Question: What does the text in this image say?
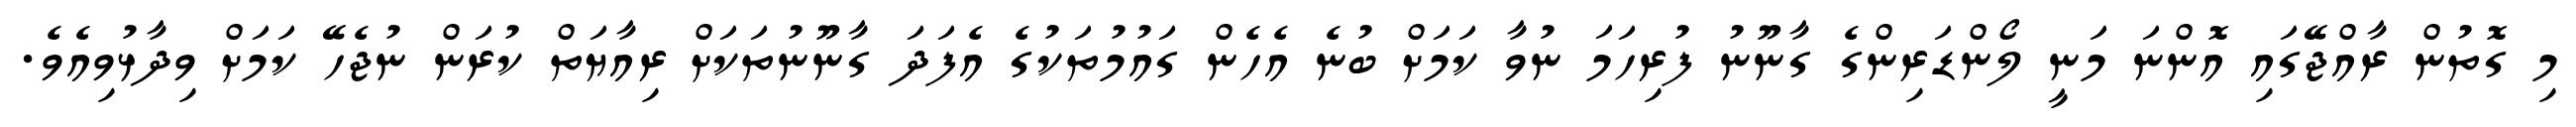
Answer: މި ގޮތުން ރާއްޖޭގައި އޮންނަ މަނީ ލޯންޑަރިންގެ ގާނޫނު ފުރިހަމަ ނުވާ ކަމަށް ބުނެ އެހެން ގައުމުތަކުގެ އެފަދަ ގާނޫނުތަކަށް ރިއާޔަތް ކުރަން ނުޖެހޭ ކަމަށް ވިދާޅުވިއެވެ.